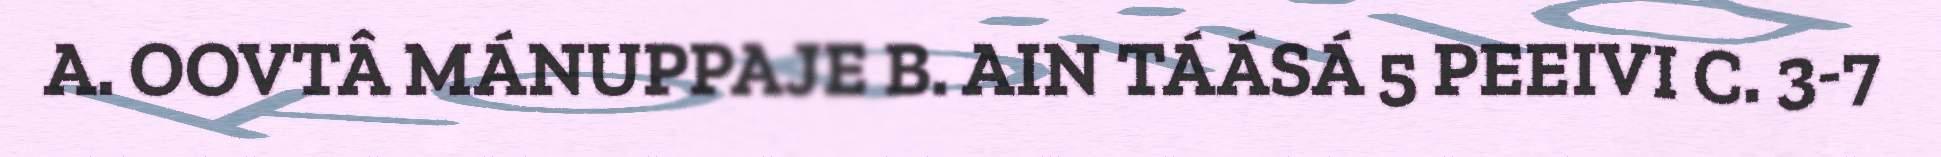
A. OOVTÂ MÁNUPPAJE B. AIN TÁÁSÁ 5 PEEIVI C. 3-7